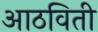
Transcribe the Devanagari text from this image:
आठविती